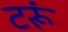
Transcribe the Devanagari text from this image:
टरूं